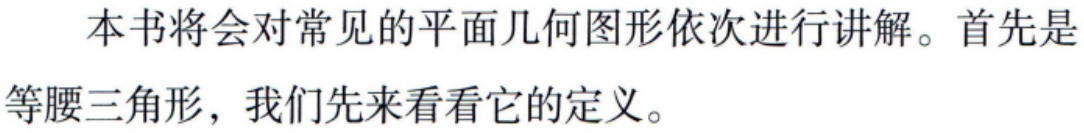
本书将会对常见的平面几何图形依次进行讲解。首先是等腰三角形，我们先来看看它的定义。